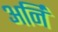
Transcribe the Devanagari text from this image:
अर्नि